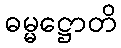
ဓမ္မဋ္ဌောတိ